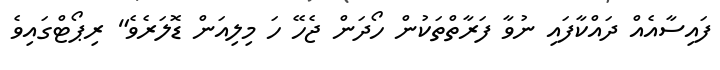
ފައިސާއެއް ދައްކާފައި ނުވާ ފަރާތްތަކުން ހޯދަން ޖެހޭ ހަ މިލިއަން ޑޮލަރެވެ" ރިޕޯޓްގައިވެ